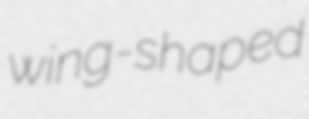
wing-shaped